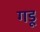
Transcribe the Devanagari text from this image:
गडू